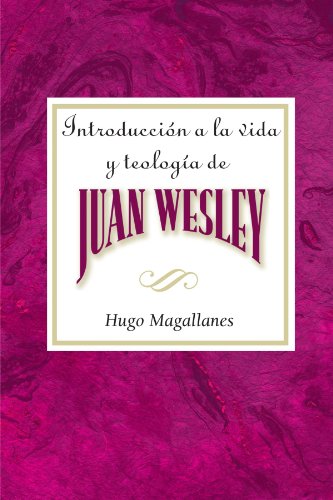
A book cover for Introduccion a la vida y teologia de Juan Wesley; Hugo Magallanes; Christian Books & Bibles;